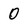
Character: 0